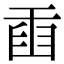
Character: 𦥫